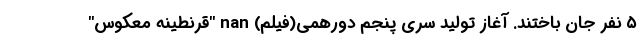
۵ نفر جان باختند. آغاز تولید سری پنجم دورهمی(فیلم) nan "قرنطینه معکوس"